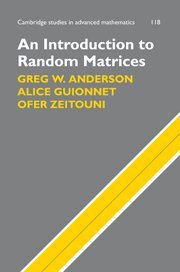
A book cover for An Introduction to Random Matrices (Cambridge Studies in Advanced Mathematics); Greg W. Anderson; Science & Math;